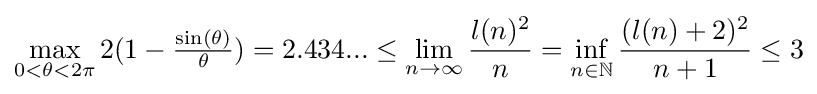
\max _{0<\theta <2\pi }2(1-{\tfrac {\sin(\theta )}{\theta }})=2.434...\leq \lim _{n\to \infty }{\frac {l(n)^{2}}{n}}=\inf _{n\in \mathbb {N} }{\frac {(l(n)+2)^{2}}{n+1}}\leq 3